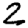
Digit: 2